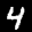
Digit: 4